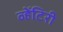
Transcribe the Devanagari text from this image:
व्हेंटिरी